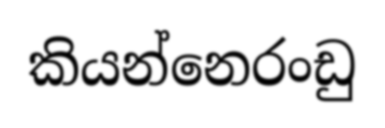
කියන්නෙරංඩු